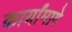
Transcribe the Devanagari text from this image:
कार्यांमागे